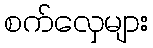
စက်လှေများ